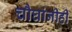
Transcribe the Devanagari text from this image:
चौघांनीही